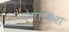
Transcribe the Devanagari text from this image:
ऐनाकिंरा